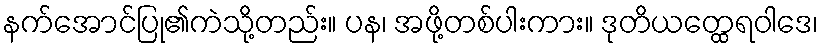
နက်အောင်ပြု၏ကဲသို့တည်း။ ပန၊ အဖို့တစ်ပါးကား။ ဒုတိယတ္ထေရဝါဒေ၊